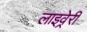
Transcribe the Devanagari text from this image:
लाइव्रेरी